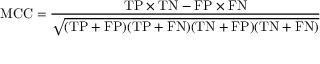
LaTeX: \mathrm { M C C } = { \frac { \mathrm { T P } \times \mathrm { T N } - \mathrm { F P } \times \mathrm { F N } } { \sqrt { ( \mathrm { T P } + \mathrm { F P } ) ( \mathrm { T P } + \mathrm { F N } ) ( \mathrm { T N } + \mathrm { F P } ) ( \mathrm { T N } + \mathrm { F N } ) } } }